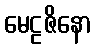
မေဠဇိနော